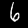
Digit: 6